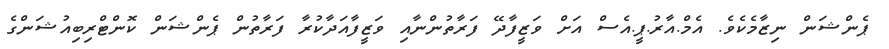
ޕެންޝަން ނިޒާމެކެވެ. އެމް.އާރު.ޕީ.އެސް އަށް ވަޒީފާދޭ ފަރާތުންނާއި ވަޒީފާއަދާކުރާ ފަރާތުން ޕެންޝަން ކޮންޓްރިބިއުޝަންގެ